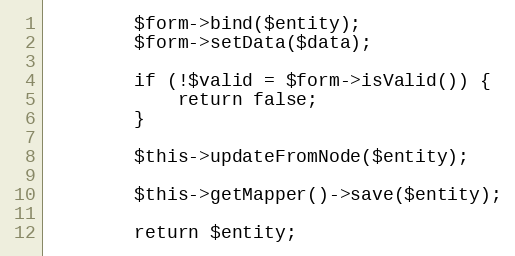
Language: PHP
        $form->bind($entity);
        $form->setData($data);

        if (!$valid = $form->isValid()) {
            return false;
        }

        $this->updateFromNode($entity);

        $this->getMapper()->save($entity);

        return $entity;